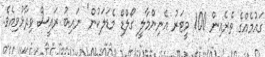
ގައުމެއްގެ ތެރެއިން 100 މީޓަރު އެނިންމާލީ ގޯލްޑް މެޑަލަކުން" ނައިބު ރައީސް ވިދާޅުވިއެވެ.